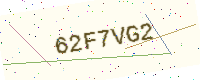
Text: 62F7VG2